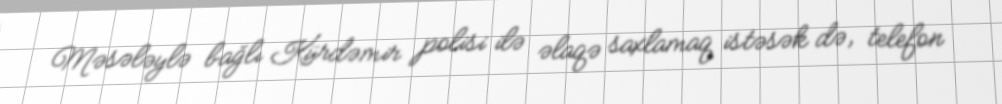
Məsələylə bağlı Kürdəmir polisi ilə əlaqə saxlamaq istəsək də, telefon